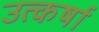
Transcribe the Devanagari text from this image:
उत्कर्षा